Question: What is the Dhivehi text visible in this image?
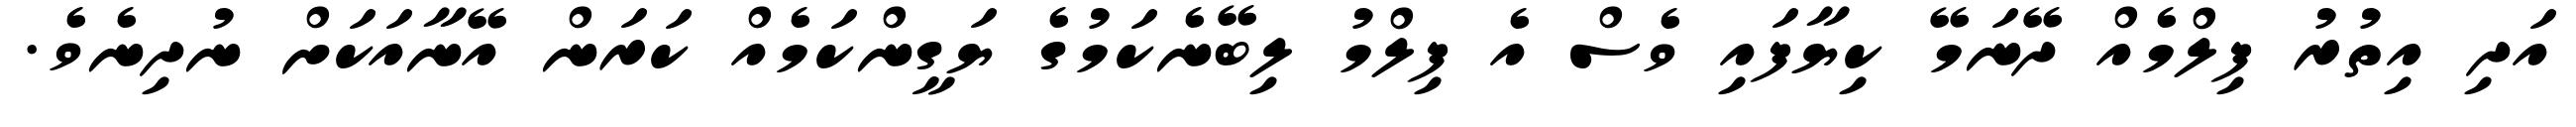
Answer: އަދި އިތުރު ފިލްމެއް ދޭނަމޭ ކިޔާފައި ވެސް އެ ފިލްމު ލިބޭނެކަމުގެ ޔަގީންކަމެއް ކަރަން އޭނާއަކަށް ނުދިނެވެ.